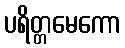
ပရိတ္တမေကော